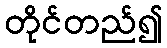
တိုင်တည်၍